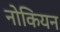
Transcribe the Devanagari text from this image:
नोकियन